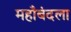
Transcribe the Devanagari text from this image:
महाँबंदला